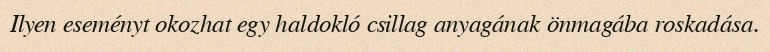
Ilyen eseményt okozhat egy haldokló csillag anyagának önmagába roskadása.